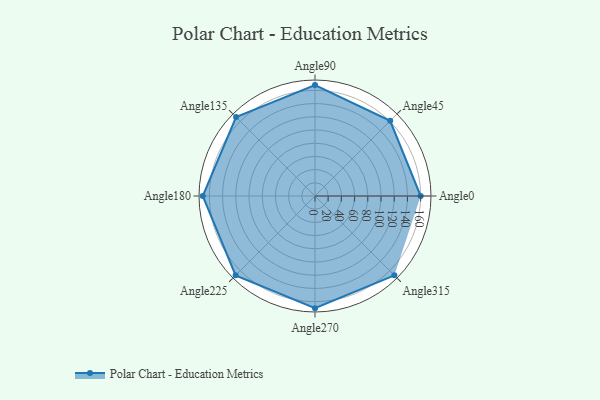
{"axis": {"x": "Angle", "y": "Radius"}, "legend": [""], "data": [{"x": "Angle0", "y": 160.0, "type": ""}, {"x": "Angle45", "y": 161.0, "type": ""}, {"x": "Angle90", "y": 168.0, "type": ""}, {"x": "Angle135", "y": 169.0, "type": ""}, {"x": "Angle180", "y": 170, "type": ""}, {"x": "Angle225", "y": 170, "type": ""}, {"x": "Angle270", "y": 170, "type": ""}, {"x": "Angle315", "y": 170, "type": ""}]}